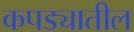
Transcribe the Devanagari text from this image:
कपड्यातील